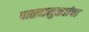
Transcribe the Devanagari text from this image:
पाळ्यामुळ्यांचा